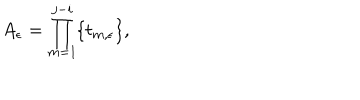
A _ { \epsilon } = \prod _ { m = 1 } ^ { j - i } \{ t _ { m , \epsilon } \} ,